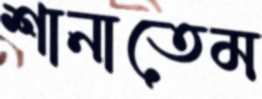
শানাতেম